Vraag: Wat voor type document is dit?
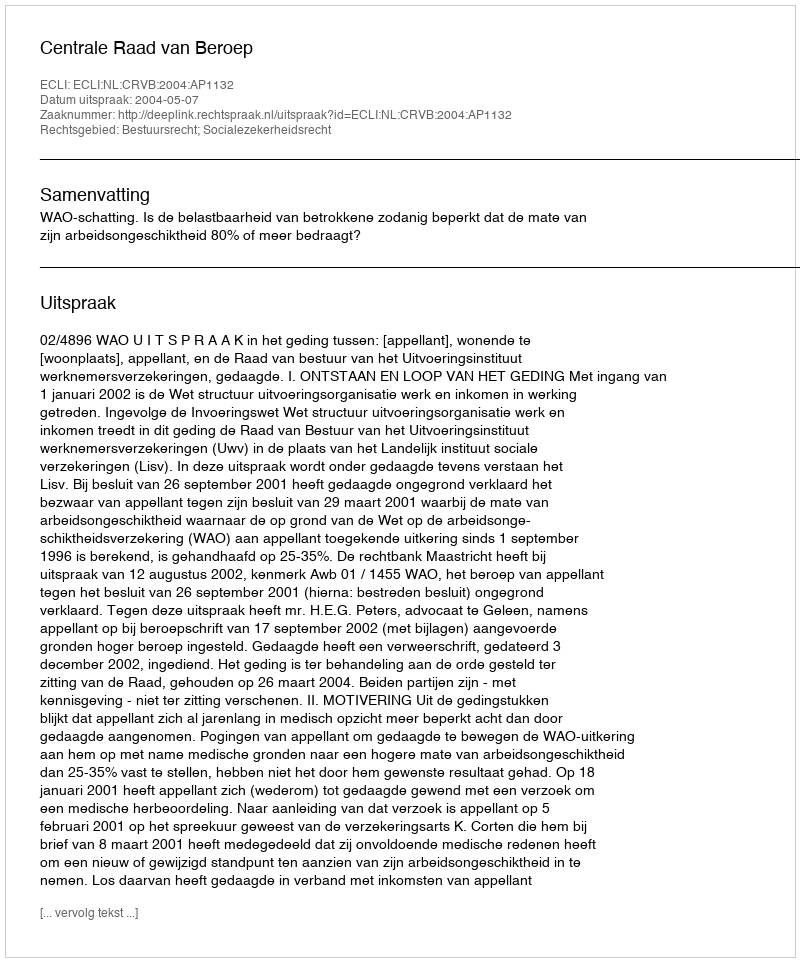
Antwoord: Uitspraak